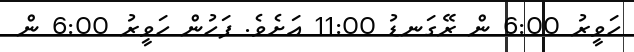
ހަވީރު 6:00 ން ރޭގަނޑު 11:00 އަށެވެ. ފަހުން ހަވީރު 6:00 ން